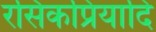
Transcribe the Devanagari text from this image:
रसिकप्रियादि